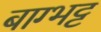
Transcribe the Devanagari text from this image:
बाग्भट्ट